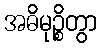
အဓိမုဉ္စိတွာ